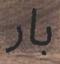
بار